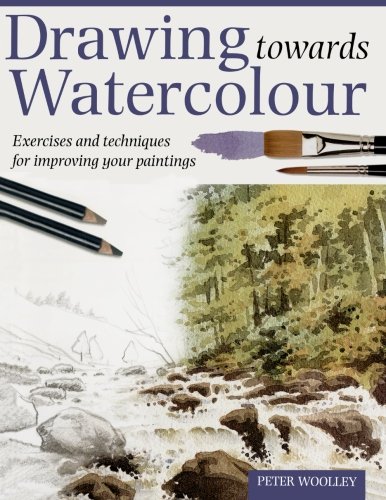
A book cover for Drawing Towards Watercolor; P Woolley; Arts & Photography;